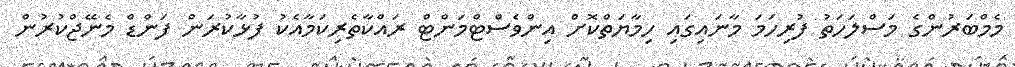
މެމްބަރުންގެ މަސްލަހަތު ފުރިހަމަ މާނައިގައި ހިމާޔަތްކޮށް އިންވެސްޓްމަންޓް ރައްކާތެރިކަމާއެކު ފުޅާކުރަން ފަންޑް މެނޭޖްކުރުން